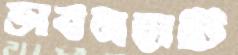
ভাবনহাটি